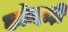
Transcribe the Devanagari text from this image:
कोन्हाड़ी